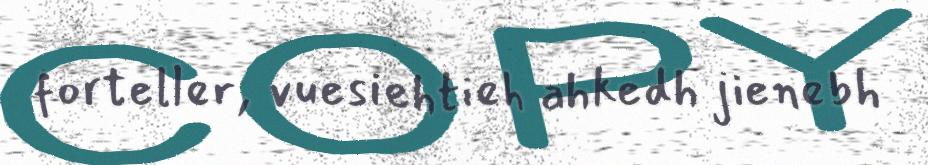
forteller, vuesiehtieh ahkedh jienebh